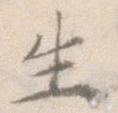
生